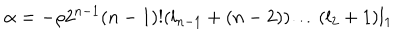
\alpha = - \rho 2 ^ { n - 1 } ( n - 1 ) ! ( l _ { n - 1 } + ( n - 2 ) ) \ldots ( l _ { 2 } + 1 ) l _ { 1 }